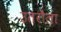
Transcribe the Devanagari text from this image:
उतरौला